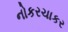
નોકરચાકર